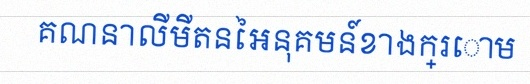
គណនាលីមីតនៃអនុគមន៍ខាងក្រោម